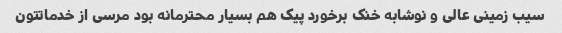
سیب زمینی عالی و نوشابه خنک برخورد پیک هم بسیار محترمانه بود مرسی از خدماتتون